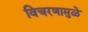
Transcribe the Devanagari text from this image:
विचरणामुळे